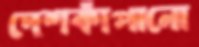
দেশকাঁপানো